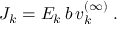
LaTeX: J _ { k } = E _ { k } \, b \, v _ { k } ^ { ( \infty ) } \; .